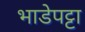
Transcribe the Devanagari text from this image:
भाडेपट्टा